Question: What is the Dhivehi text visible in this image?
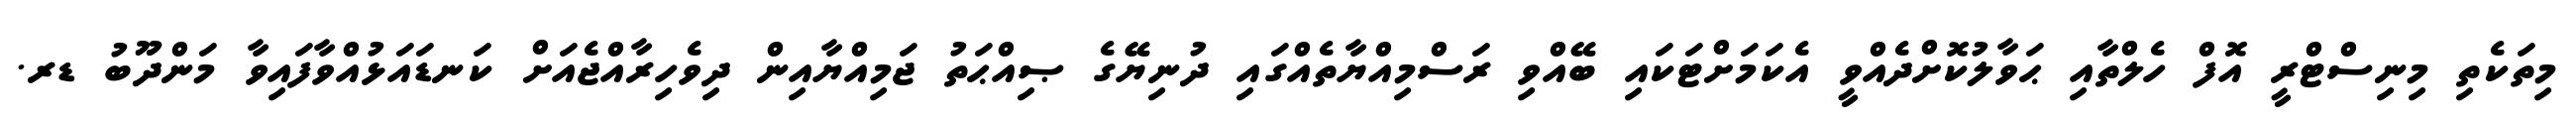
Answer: މިތަކެތި މިނިސްޓްރީ އޮފް ހެލްތާއި ޙަވާލުކޮށްދެއްވީ އެކަމަށްޓަކައި ބޭއްވި ރަސްމިއްޔާތެއްގައި ދުނިޔޭގެ ޞިއްޙަތު ޖަމިއްޔާއިން ދިވެހިރާއްޖެއަށް ކަނޑައަޅުއްވާފައިވާ މަންދޫބު ޑރ.